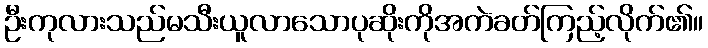
ဦးကုလားသည်မသီးယူလာသောပုဆိုးကိုအကဲခတ်ကြည့်လိုက်၏။